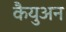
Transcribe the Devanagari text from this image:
कैयुअन